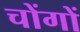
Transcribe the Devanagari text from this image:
चोंगों